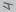
Text: 4